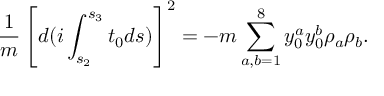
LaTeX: \frac { 1 } { m } \left[ d ( i \int _ { s _ { 2 } } ^ { s _ { 3 } } t _ { 0 } d s ) \right] ^ { 2 } = - m \sum _ { a , b = 1 } ^ { 8 } { y } _ { 0 } ^ { a } { y } _ { 0 } ^ { b } \rho _ { a } \rho _ { b } .